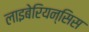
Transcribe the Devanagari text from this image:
लाइबेरियन्सिस